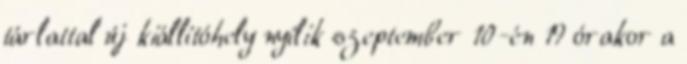
tárlattal új kiállítóhely nyílik szeptember 10-én 19 órakor a